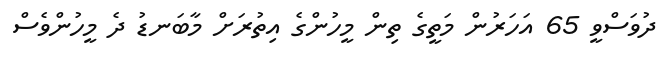
ދުވަސްވީ 65 އަހަރުން މަތީގެ ތިން މީހުންގެ އިތުރަށް މާބަނޑު ދެ މީހުންވެސް